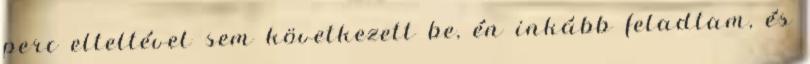
perc elteltével sem következett be, én inkább feladtam, és